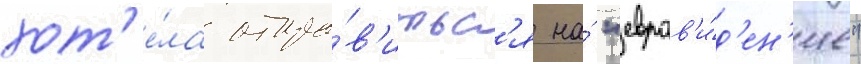
хот'е́ла отпра́в'итьс'я на́ "евров'и́д'ен'ие"